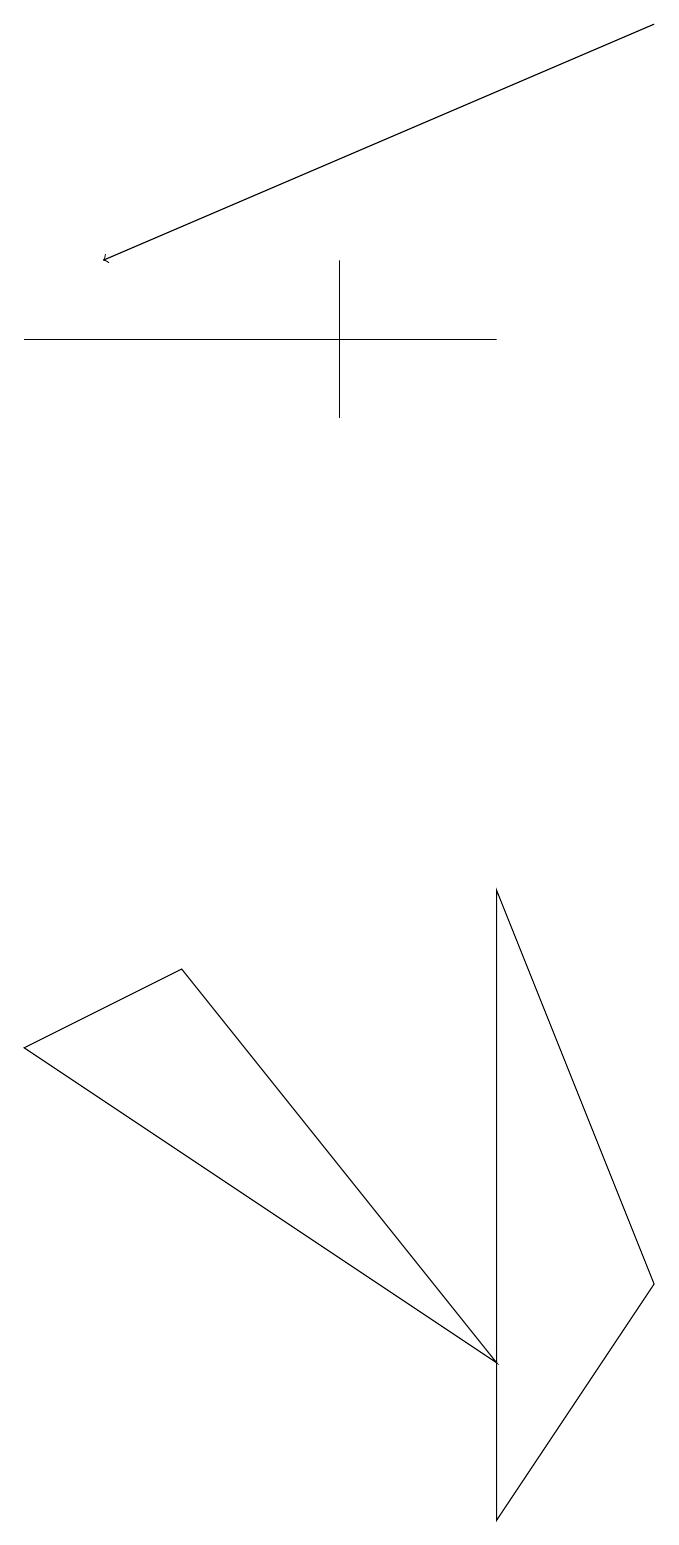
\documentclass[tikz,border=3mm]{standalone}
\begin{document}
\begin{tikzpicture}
\draw (4,16) rectangle (4,14);
\draw[->] (8,19) -- (1,16);
\draw (6,0) -- (6,8) -- (8,3) -- cycle;
\draw (0,15) rectangle (6,15);
\draw (0,6) -- (6,2) -- (2,7) -- cycle;
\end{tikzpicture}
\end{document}